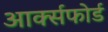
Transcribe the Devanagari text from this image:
आर्क्सफोर्ड